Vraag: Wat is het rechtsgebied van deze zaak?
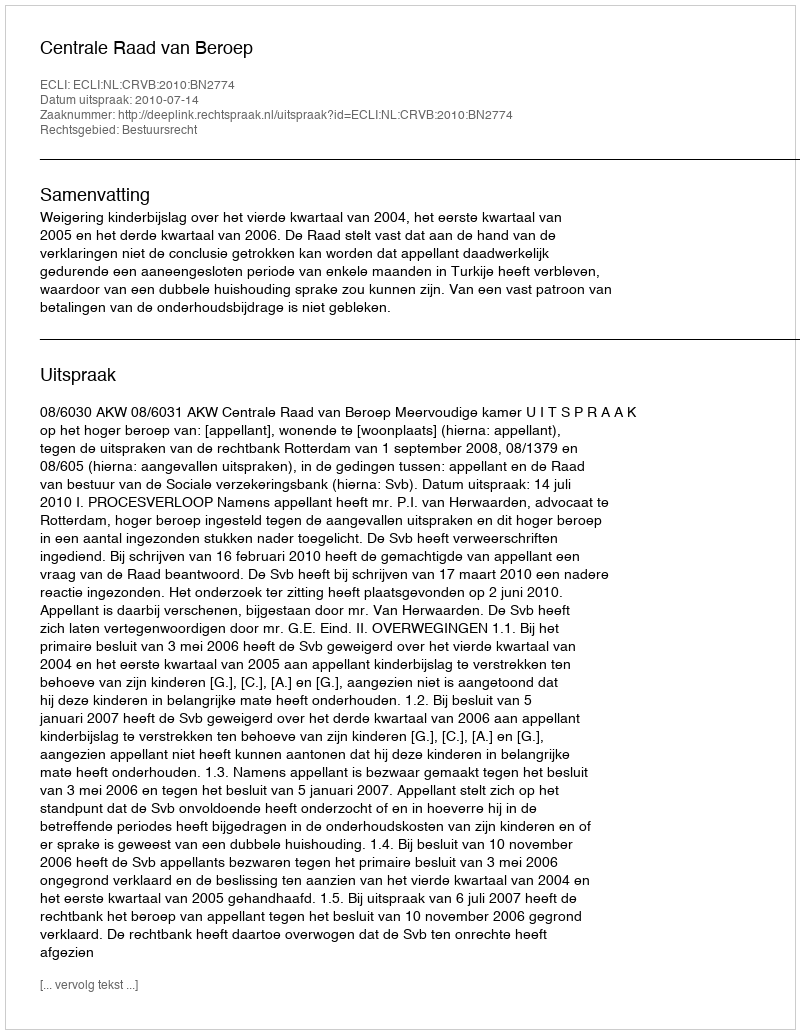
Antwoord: Bestuursrecht